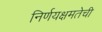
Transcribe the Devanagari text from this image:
निर्णयक्षमतेची